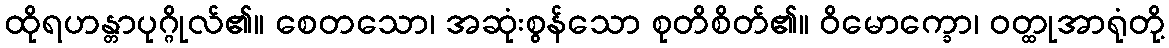
ထိုရဟန္တာပုဂ္ဂိုလ်၏။ စေတသော၊ အဆုံးစွန်သော စုတိစိတ်၏။ ဝိမောက္ခော၊ ဝတ္ထုအာရုံတို့